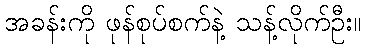
အခန်းကို ဖုန်စုပ်စက်နဲ့ သန့်လိုက်ဦး။